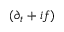
( \partial _ { t } + i f )